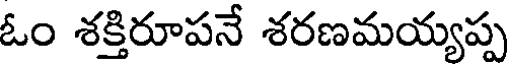
ఓం శక్తిరూపనే శరణమయ్యప్ప